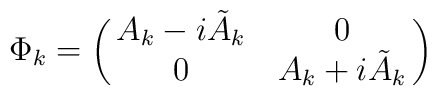
\Phi_k=\pmatrix{A_k-i\tilde{A}_k & 0 \cr0 & A_k+i\tilde{A}_k  \cr}